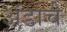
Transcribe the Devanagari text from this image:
अंडाचे